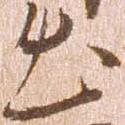
出